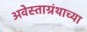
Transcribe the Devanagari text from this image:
अवेस्ताग्रंथाच्या